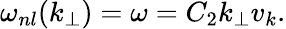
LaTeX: \omega_{nl}(k_{\perp})=\omega=C_{2}k_{\perp}v_{k}.